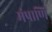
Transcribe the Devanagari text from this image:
मंपाणि